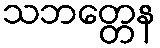
သဘတ္တေန